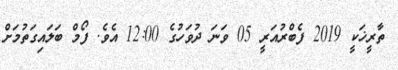
ތާރީޚަކީ 2019 ފެބްރުއަރީ 05 ވަނަ ދުވަހުގެ 12:00 އެވެ. ފޯމް ބަލައިގަތުމަށް